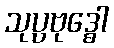
သုပ္ပဗုဒ္ဓေါ